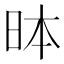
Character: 𪰐